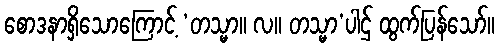
စောဒနာရှိသောကြောင့် ‘တသ္မာ။ လ။ တသ္မာ’ပါဌ် ထွက်ပြန်သော်။